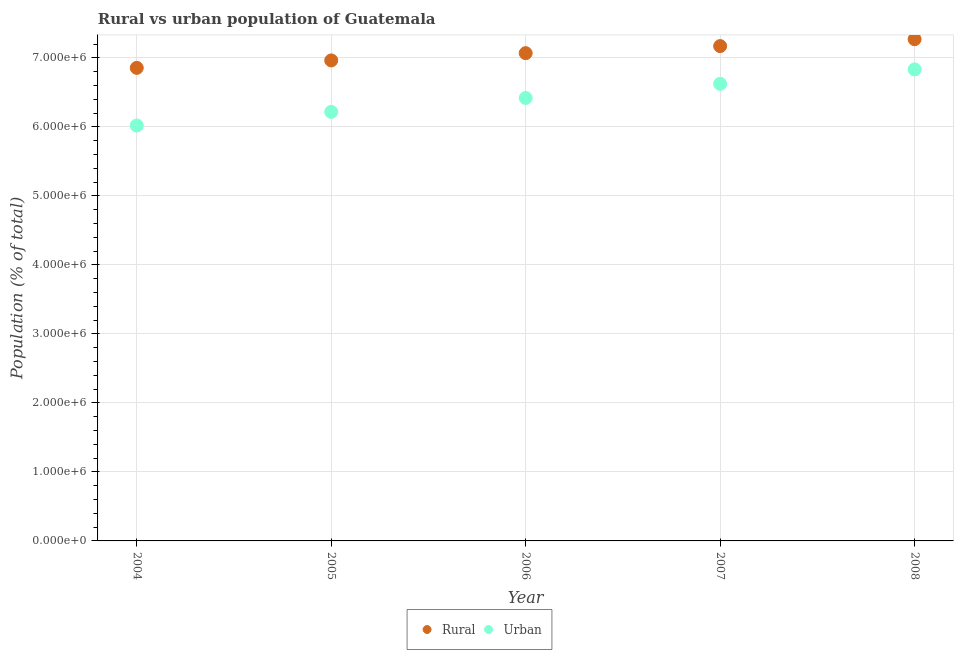
| Year | Rural | Urban |
 | --- | --- | --- |
 | 2004 | 6.86e+06 | 6.02e+06 |
 | 2005 | 6.96e+06 | 6.22e+06 |
 | 2006 | 7.07e+06 | 6.42e+06 |
 | 2007 | 7.17e+06 | 6.63e+06 |
 | 2008 | 7.27e+06 | 6.83e+06 |